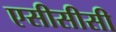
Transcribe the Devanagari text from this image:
एसीसीसी